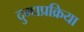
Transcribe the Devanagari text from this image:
दुग्धप्रक्रिया